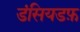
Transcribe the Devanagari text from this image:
डंसियडफ़